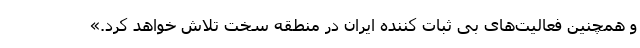
و همچنین فعالیت‌های بی ثبات کننده ایران در منطقه سخت تلاش خواهد کرد.»